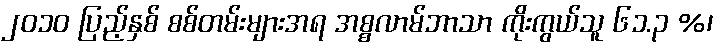
၂၀၁၀ ပြည့်နှစ် စစ်တမ်းများအရ အစ္စလာမ်ဘာသာ ကိုးကွယ်သူ ၆၁.၃ %၊